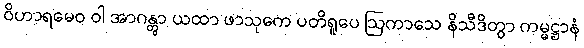
ဝိဟာရမေဝ ဝါ အာဂန္တွာ ယထာ ဖာသုကေ ပတိရူပေ ဩကာသေ နိသီဒိတွာ ကမ္မဋ္ဌာနံ